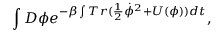
\int { \cal D } \phi e ^ { - \beta \int T r ( \frac { 1 } { 2 } \dot { \phi } ^ { 2 } + U ( \phi ) ) d t } ,